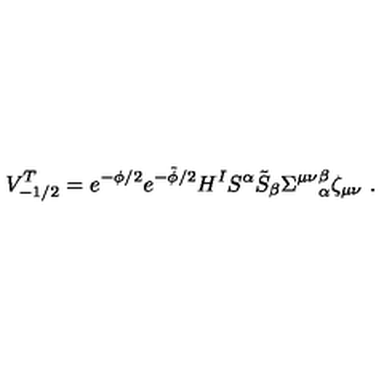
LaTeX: V _ { - 1 / 2 } ^ { T } = e ^ { - \phi / 2 } e ^ { - \tilde { \phi } / 2 } H ^ { I } S ^ { \alpha } \tilde { S } _ { \beta } { \Sigma ^ { \mu \nu } } _ { \alpha } ^ { \beta } \zeta _ { \mu \nu } \ .